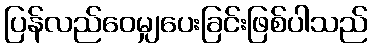
ပြန်လည်ဝေမျှပေးခြင်းဖြစ်ပါသည်